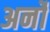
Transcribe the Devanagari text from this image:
अर्नो